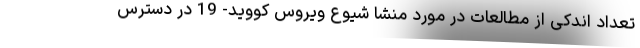
تعداد اندکی از مطالعات در مورد منشا شیوع ویروس کووید- 19 در دسترس